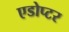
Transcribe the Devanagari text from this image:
एडोप्टर